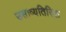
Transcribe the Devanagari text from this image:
उसाव्यतिरिक्त